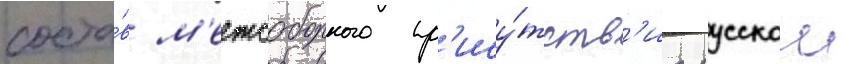
соста́в м'ежсоборного пр'ису́тств'иа русскои